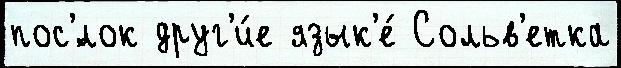
пос'́лок друг'и́е язык'е́ Сольв'етка